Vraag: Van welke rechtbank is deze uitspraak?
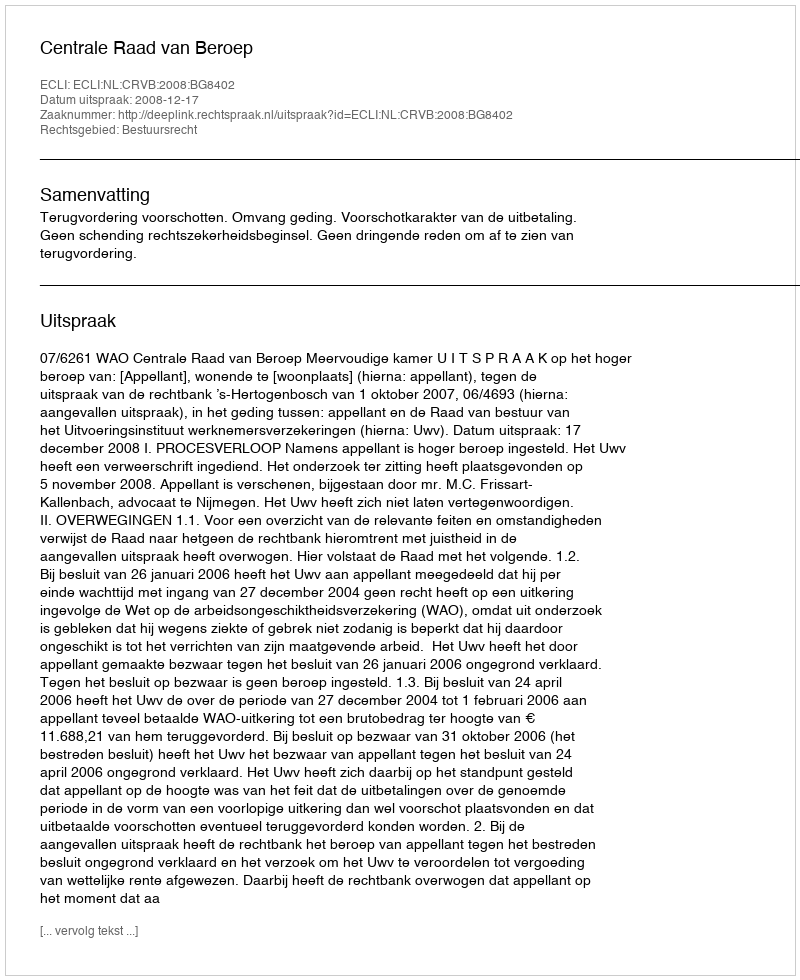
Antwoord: Centrale Raad van Beroep